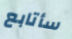
سأتابع